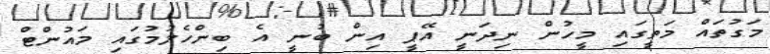
މަގުތައް މަތީގައި މީހުން ނިދަނީ އޭޕީ އިން ބުނީ އެ ބިންހެލުމުގައި މައުންޓް